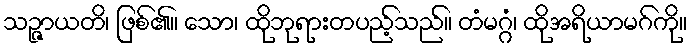
သဉ္ဇာယတိ၊ ဖြစ်၏။ သော၊ ထိုဘုရားတပည့်သည်။ တံမဂ္ဂံ၊ ထိုအရိယာမဂ်ကို။